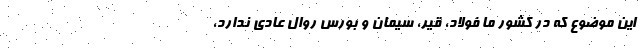
این موضوع که در کشور ما فولاد، قیر، سیمان و بورس روال عادی ندارد،